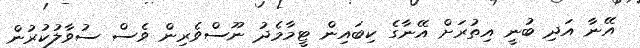
އޭނާ އަދި ބުނީ އިތުރަށް އޭނާގެ ކިބައިން ޓީމާމެދު ނޫސްވެރިން ވެސް ސުވާލުކުރުން